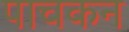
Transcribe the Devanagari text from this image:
पाचकन